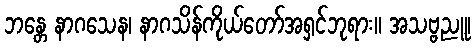
ဘန္တေ နာဂသေန၊ နာဂသိန်ကိုယ်တော်အရှင်ဘုရား။ အသဗ္ဗညူ၊